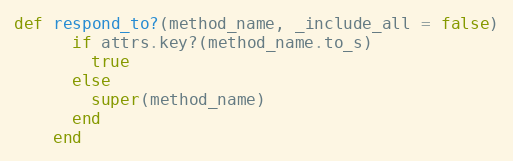
Language: Ruby
def respond_to?(method_name, _include_all = false)
      if attrs.key?(method_name.to_s)
        true
      else
        super(method_name)
      end
    end